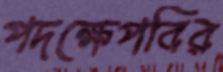
পদক্ষেপবির